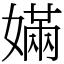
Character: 𡠪